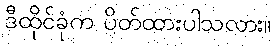
ဒီထိုင်ခုံက ပိတ်ထားပါသလား။